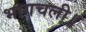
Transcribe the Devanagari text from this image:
भागचली॥